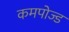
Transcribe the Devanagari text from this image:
कमपोज्ड